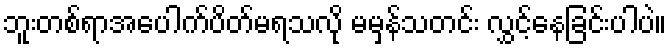
ဘူးတစ်ရာအပေါက်ပိတ်မရသလို မမှန်သတင်း လွှင့်နေခြင်းပါပဲ။